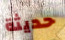
حديثة